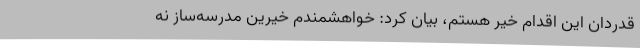
قدردان این اقدام خیر هستم، بیان کرد: خواهشمندم خیرین مدرسه‌ساز نه